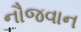
નૌજવાન